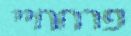
פרחחיי